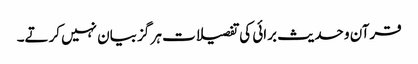
قرآن و حدیث برائی کی تفصیلات ہر گز بیان نہیں کرتے۔